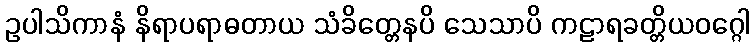
ဥပါသိကာနံ နိရာပရာဓတာယ သံခိတ္တေနပိ သေသာပိ ကဠာရခတ္တိယဝဂ္ဂေါ